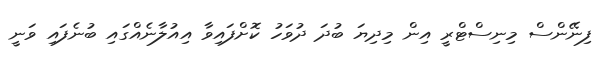
ފިނޭންސް މިނިސްޓްރީ އިން މިދިޔަ ބުދަ ދުވަހު ކޮށްފައިވާ އިއުލާނެއްގައި ބުނެފައި ވަނީ